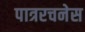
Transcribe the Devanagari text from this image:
पात्ररचनेस